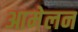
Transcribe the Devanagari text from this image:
आमेलन